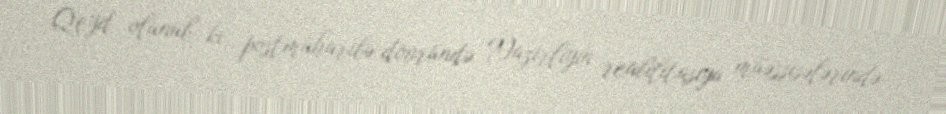
Qeyd olunub ki, postmüharibə dövründə Nazirliyin reabilitasiya müəssisələrində